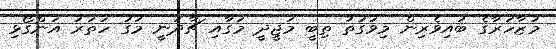
މުޒާހަރާގެ ބައިވެރިން މިވަގުތު ތިބީ މަޖީދީ މަގާއި ޗާދަނީ މަގު ހަތަރު އަންގޯޅި